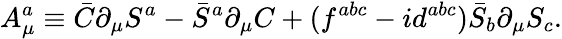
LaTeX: A_{\mu}^{a}\equiv\bar{C}\partial_{\mu}S^{a}-\bar{S}^{a}\partial_{\mu}C+({f}^{abc}-i{d}^{abc})\bar{S}_{b}\partial_{\mu}{S}_{c}.